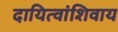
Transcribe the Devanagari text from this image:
दायित्वांशिवाय